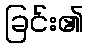
ခြင်း၏